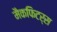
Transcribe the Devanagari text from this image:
मैकफिटर्स